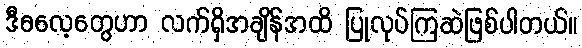
ဒီဓလေ့တွေဟာ လက်ရှိအချိန်အထိ ပြုလုပ်ကြဆဲဖြစ်ပါတယ်။